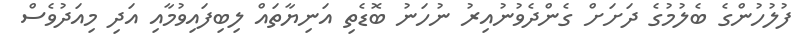
ފުލުހުންގެ ބެލުމުގެ ދަށަށް ގެންދެވުނުއިރު ނުހަނު ބޮޑެތި އަނިޔާތައް ލިބިފައިވުމާއި އަދި މިއަދުވެސް